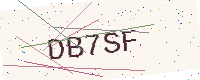
Text: DB7SF